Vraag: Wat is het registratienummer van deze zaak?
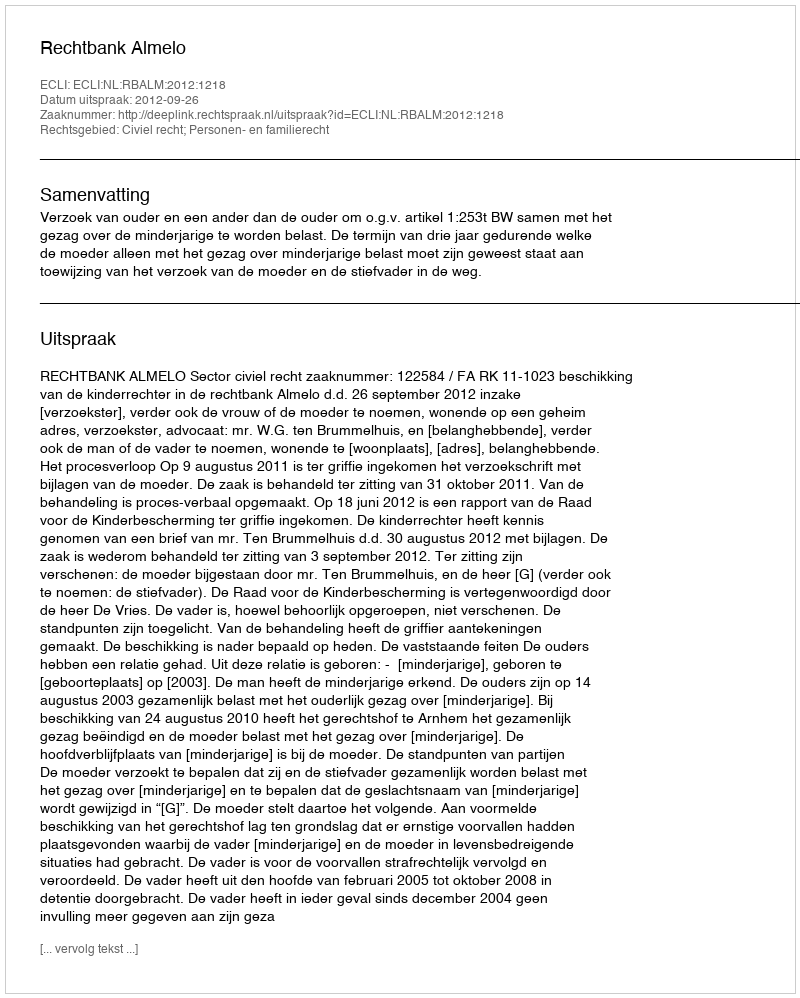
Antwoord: http://deeplink.rechtspraak.nl/uitspraak?id=ECLI:NL:RBALM:2012:1218